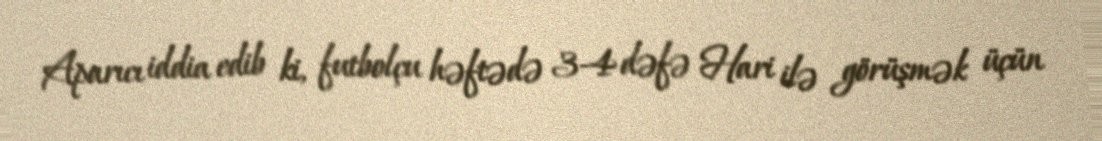
Aparıcı iddia edib ki, futbolçu həftədə 3-4 dəfə Hari ilə görüşmək üçün